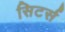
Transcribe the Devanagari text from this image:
सिटर्स